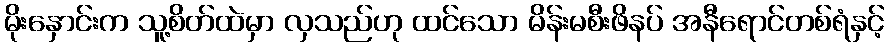
မိုးနှောင်းက သူ့စိတ်ထဲမှာ လှသည်ဟု ထင်သော မိန်းမစီးဖိနပ် အနီရောင်တစ်ရံနှင့်